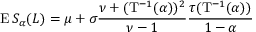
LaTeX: \operatorname { E } S _ { \alpha } ( L ) = \mu + \sigma { \frac { \nu + ( \mathrm { T } ^ { - 1 } ( \alpha ) ) ^ { 2 } } { \nu - 1 } } { \frac { \tau ( \mathrm { T } ^ { - 1 } ( \alpha ) ) } { 1 - \alpha } }